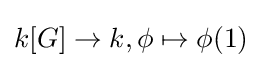
k[G]\to k,\phi \mapsto \phi (1)